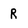
Character: R